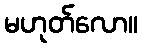
မဟုတ်လော။